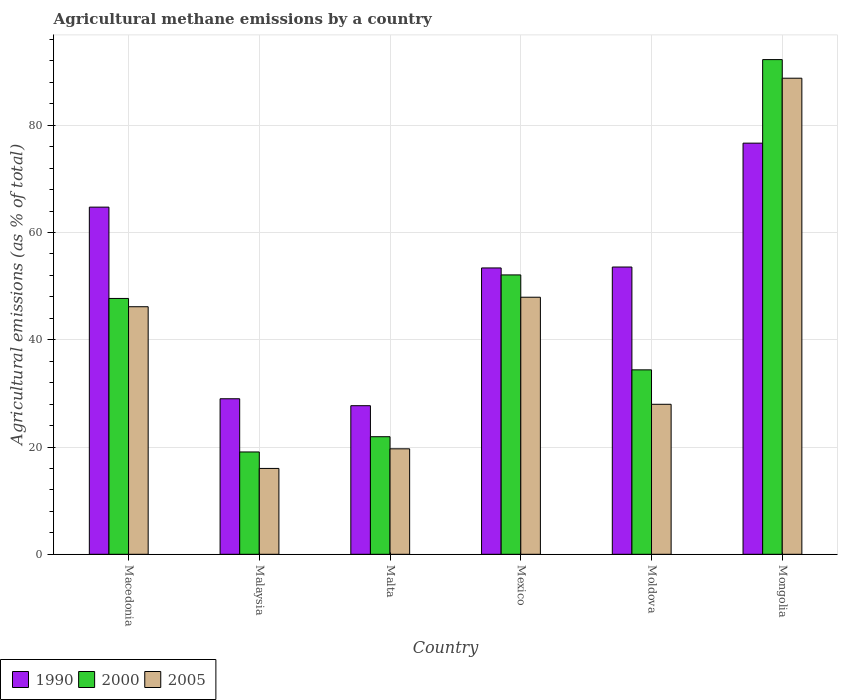
| Country | 1990 | 2000 | 2005 |
 | --- | --- | --- | --- |
 | Macedonia | 64.7 | 47.7 | 46.2 |
 | Malaysia | 29 | 19.1 | 16 |
 | Malta | 27.7 | 21.9 | 19.7 |
 | Mexico | 53.4 | 52.1 | 47.9 |
 | Moldova | 53.6 | 34.4 | 28 |
 | Mongolia | 76.7 | 92.2 | 88.8 |